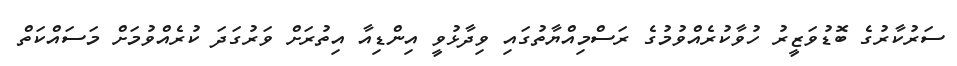
ސަރުކާރުގެ ބޮޑުވަޒީރު ހުވާކުރެއްވުމުގެ ރަސްމިއްޔާތުގައި ވިދާޅުވީ އިންޑިއާ އިތުރަށް ވަރުގަދަ ކުރެއްވުމަށް މަސައްކަތް